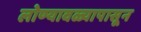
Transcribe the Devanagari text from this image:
लोण्यावळ्यापासून